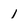
Character: 1